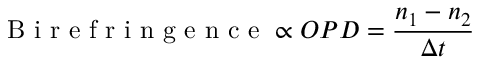
\textnormal { B i r e f r i n g e n c e } \propto O P D = \frac { n _ { 1 } - n _ { 2 } } { \Delta t }